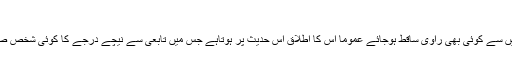
مُنْقَطِع:
وہ حدیث جس کی سند میں سے کوئی بھی راوی ساقط ہوجائے عموما اس کا اطلاق اس حدیث پر ہوتاہے جس میں تابعی سے نیچے درجے کا کوئی شخص صحابی سے روایت کرے۔